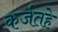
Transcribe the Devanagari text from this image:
कर्जतहे